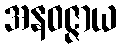
အနဝဇ္ဇာယ